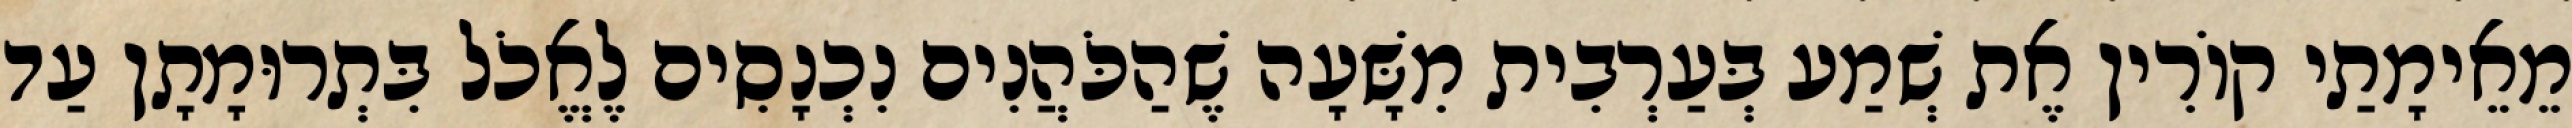
מֵאֵימָתַי קוֹרִין אֶת שְׁמַע בְּעַרְבִית מִשָּׁעָה שֶׁהַכֹּהֲנִים נִכְנָסִים לֶאֱכֹל בִּתְרוּמָתָן עַד